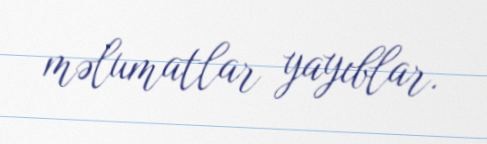
məlumatlar yayıblar.